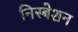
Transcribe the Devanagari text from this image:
निस्बेशन